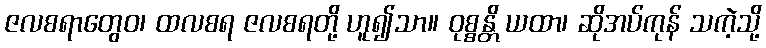
ဇလစရာတွေဝ၊ ထလစရ ဇလစရတို့ ဟူ၍သာ။ ဝုစ္စန္တိ ယထာ၊ ဆိုအပ်ကုန် သကဲ့သို့